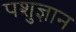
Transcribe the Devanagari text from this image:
पशुज्ञान